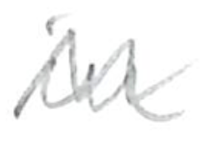
Text: in
Cross-out: zig-zag
Writing tool: pencil